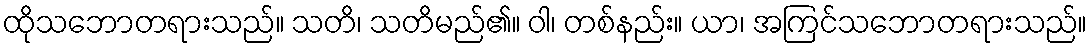
ထိုသဘောတရားသည်။ သတိ၊ သတိမည်၏။ ဝါ၊ တစ်နည်း။ ယာ၊ အကြင်သဘောတရားသည်။